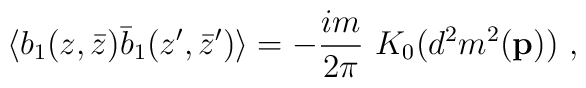
\langle b_1(z,\bar{z}) \bar{b}_1(z',\bar{z}') \rangle=-{im \over 2\pi}~ K_0(d^2 m^2({\bf p}))~,